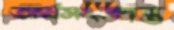
অর্থসংক্রান্ত